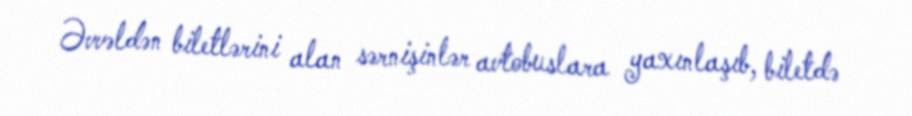
Əvvəldən biletlərini alan sərnişinlər avtobuslara yaxınlaşıb, biletdə